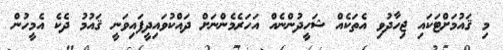
މި ޤައުމަށްޓަކައި ޖިހާދުވި އެތަކެއް ޝަހީދުންނެއް އަހަރެމެންނަށް ދައްކުވައިދީފައިވަނީ ޤައުމު ދެކެ އެމީހުން